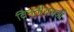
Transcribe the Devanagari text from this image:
विनतीरामजी